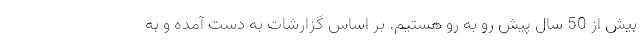
بیش از 50 سال پیش رو به رو هستیم. بر اساس گزارشات به دست آمده و به